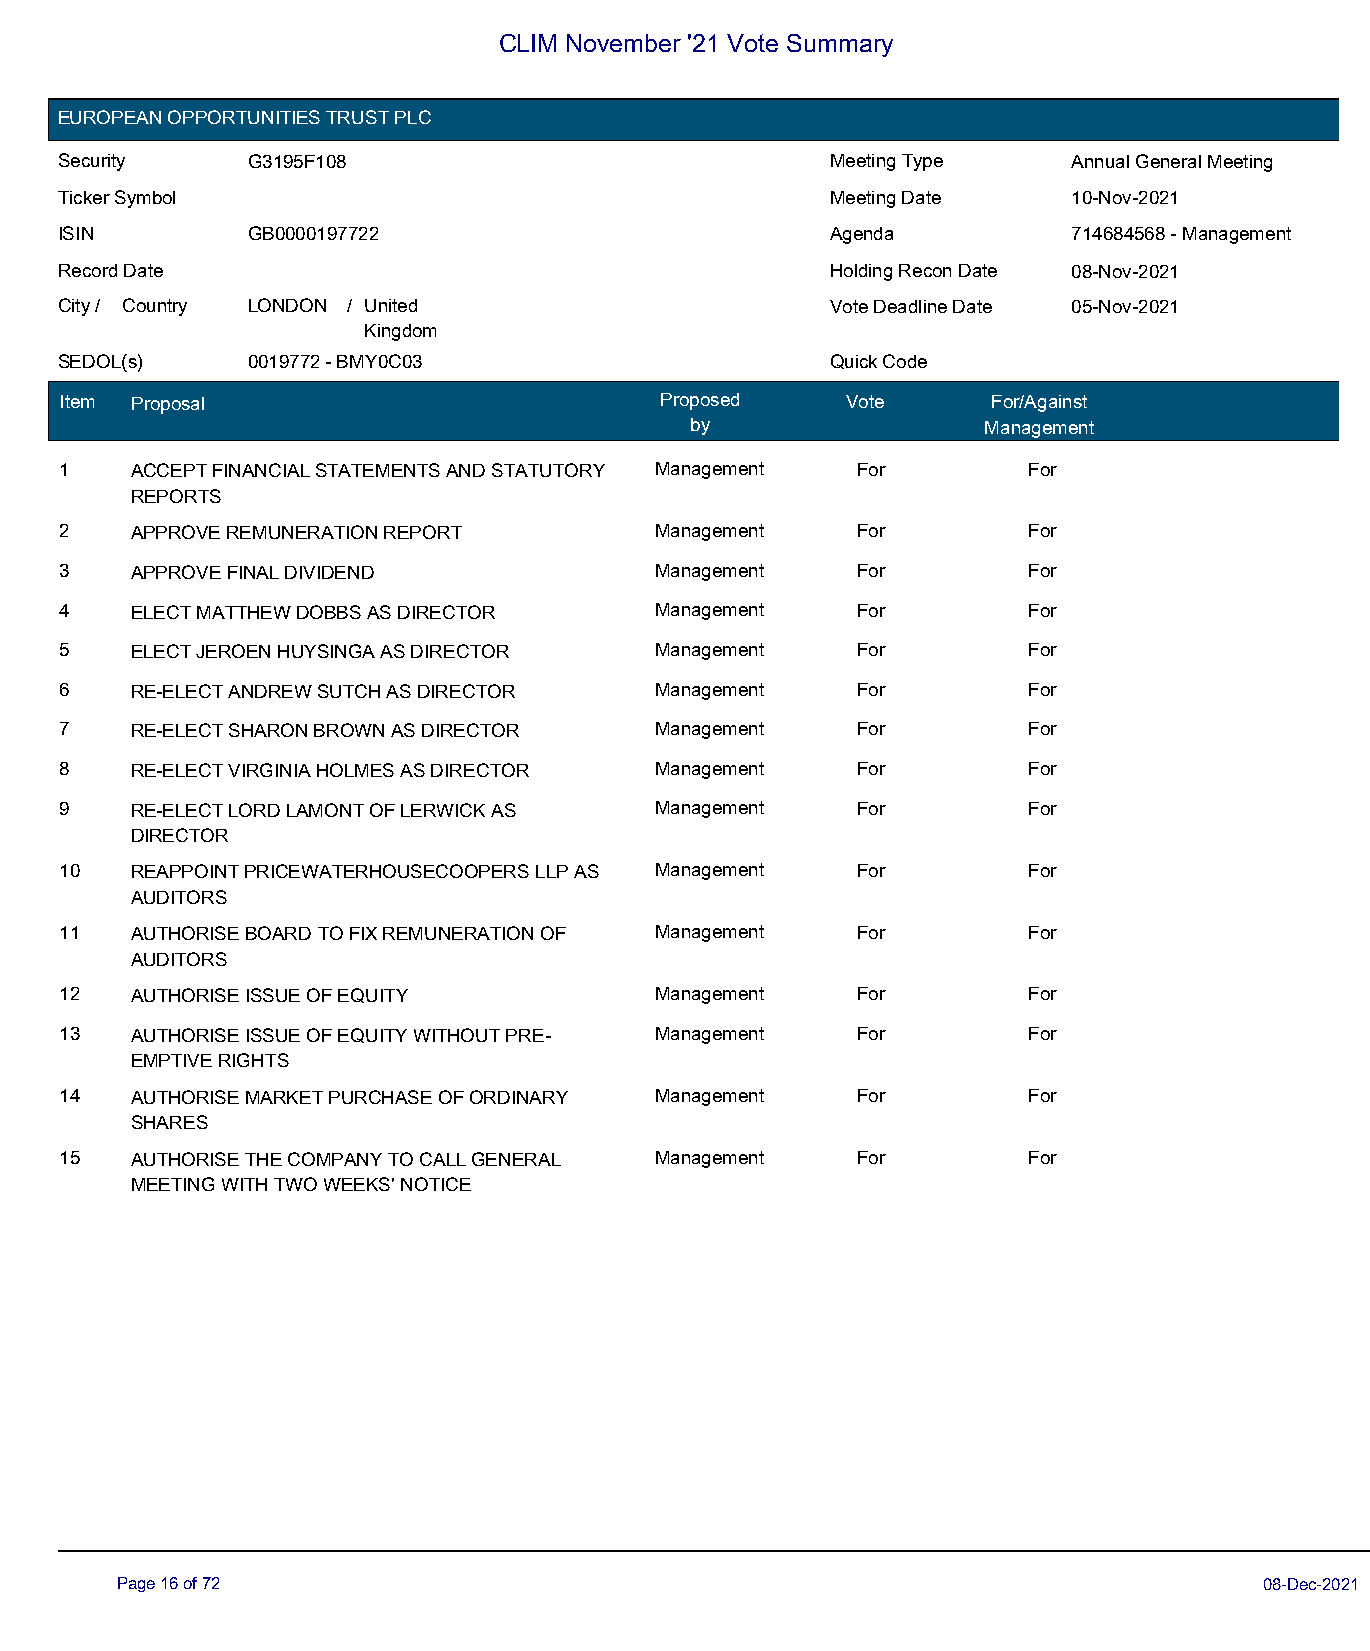
CLIM November '21 Vote Summary
 EUROPEAN OPPORTUNITIES TRUST PLC
 Security    G3195F108                              Meeting Type    Annual General Meeting
 Ticker Symbol                                      Meeting Date    10-Nov-2021
 ISIN        GB0000197722                           Agenda          714684568 - Management
 Record Date                                        Holding Recon Date 08-Nov-2021
 City / Country LONDON / United                     Vote Deadline Date 05-Nov-2021
 Kingdom
 SEDOL(s)    0019772 - BMY0C03                      Quick Code
 Item Proposal                           Proposed    Vote      For/Against
 by                 Management
 1    ACCEPT FINANCIAL STATEMENTS AND STATUTORY Management For   For
 REPORTS
 2    APPROVE REMUNERATION REPORT       Management    For        For
 3    APPROVE FINAL DIVIDEND            Management    For        For
 4    ELECT MATTHEW DOBBS AS DIRECTOR   Management    For        For
 5    ELECT JEROEN HUYSINGA AS DIRECTOR Management    For        For
 6    RE-ELECT ANDREW SUTCH AS DIRECTOR Management    For        For
 7    RE-ELECT SHARON BROWN AS DIRECTOR Management    For        For
 8    RE-ELECT VIRGINIA HOLMES AS DIRECTOR Management For        For
 9    RE-ELECT LORD LAMONT OF LERWICK AS Management   For        For
 DIRECTOR
 10   REAPPOINT PRICEWATERHOUSECOOPERS LLP AS Management For     For
 AUDITORS
 11   AUTHORISE BOARD TO FIX REMUNERATION OF Management For      For
 AUDITORS
 12   AUTHORISE ISSUE OF EQUITY         Management    For        For
 13   AUTHORISE ISSUE OF EQUITY WITHOUT PRE- Management For      For
 EMPTIVE RIGHTS
 14   AUTHORISE MARKET PURCHASE OF ORDINARY Management For       For
 SHARES
 15   AUTHORISE THE COMPANY TO CALL GENERAL Management For       For
 MEETING WITH TWO WEEKS' NOTICE
 Page 16 of 72                                                               08-Dec-2021